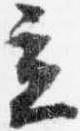
立